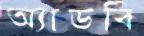
অ্যাডবি